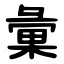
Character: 彙